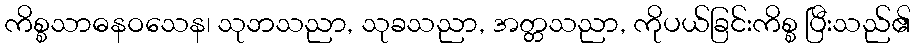
ကိစ္စသာဓနဝသေန၊ သုဘသညာ, သုခသညာ, အတ္တသညာ, ကိုပယ်ခြင်းကိစ္စ ပြီးသည်၏